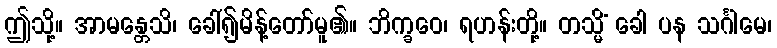
ဤသို့။ အာမန္တေသိ၊ ခေါ်၍မိန့်တော်မူ၏။ ဘိက္ခဝေ၊ ရဟန်းတို့။ တသ္မိံ ခေါ ပန သင်္ဂါမေ၊